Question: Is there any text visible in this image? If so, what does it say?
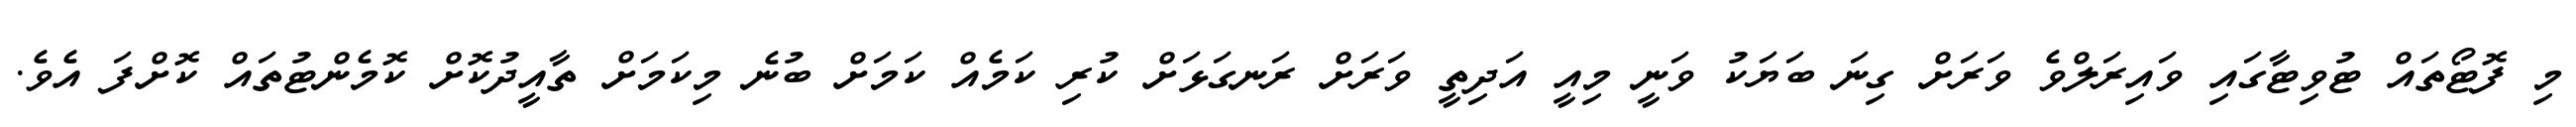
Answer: މި ފޮޓޯތައް ޓުވިޓާގައި ވައިރަލްވެ ވަރަށް ގިނަ ބަޔަކު ވަނީ މިއީ އަދިތީ ވަރަށް ރަނގަޅަށް ކުރި ކަމެއް ކަމަށް ބުނެ މިކަމަށް ތާއީދުކޮށް ކޮމެންޓުތައް ކޮށްފަ އެވެ.